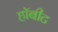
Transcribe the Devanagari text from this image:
हॉबीट